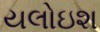
યલોઇશ